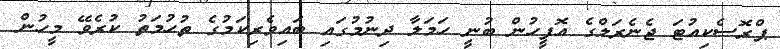
ޕްރޮސެކިއުޓަ ޖެނެރަލްގެ އޮފީހުން ބުނީ ހަމަލާ ދިނުމުގައި ބައިވެރިކަމުގެ ތުހުމަތު ކުރެވޭ މީހުން